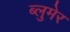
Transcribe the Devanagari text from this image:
ब्लुमेर